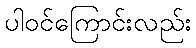
ပါဝင်ကြောင်းလည်း